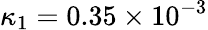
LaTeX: \kappa_{1}=0.35\times 10^{-3}